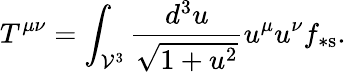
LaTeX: T^{\mu\nu}=\int_{\mathcal{V}^{3}}\frac{d^{3}u}{\sqrt{1+u^{2}}}u^{\mu}u^{\nu}f_{\ast\mathrm{s}}.